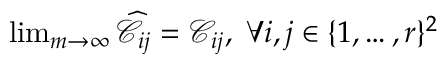
\begin{array} { r } { \operatorname* { l i m } _ { m \rightarrow \infty } \widehat { \mathcal { C } } _ { i j } = \mathcal { C } _ { i j } , \; \forall i , j \in \{ 1 , \ldots , r \} ^ { 2 } } \end{array}